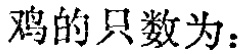
鸡的只数为：